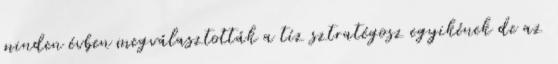
minden évben megválasztották a tíz sztratégosz egyikének de az